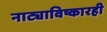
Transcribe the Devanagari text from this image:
नाट्याविष्कारही